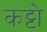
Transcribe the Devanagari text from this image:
कट्टो